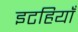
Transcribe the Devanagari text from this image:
इटहियाँ